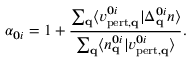
\alpha _ { \mathbf { 0 } i } = 1 + \frac { \sum _ { \mathbf { q } } \langle v _ { \mathrm { p e r t , \mathbf { q } } } ^ { \mathbf { 0 } i } \vert \Delta _ { \mathbf { q } } ^ { \mathbf { 0 } i } n \rangle } { \sum _ { \mathbf { q } } \langle n _ { \mathbf { q } } ^ { \mathbf { 0 } i } \vert v _ { \mathrm { p e r t , \mathbf { q } } } ^ { \mathbf { 0 } i } \rangle } .